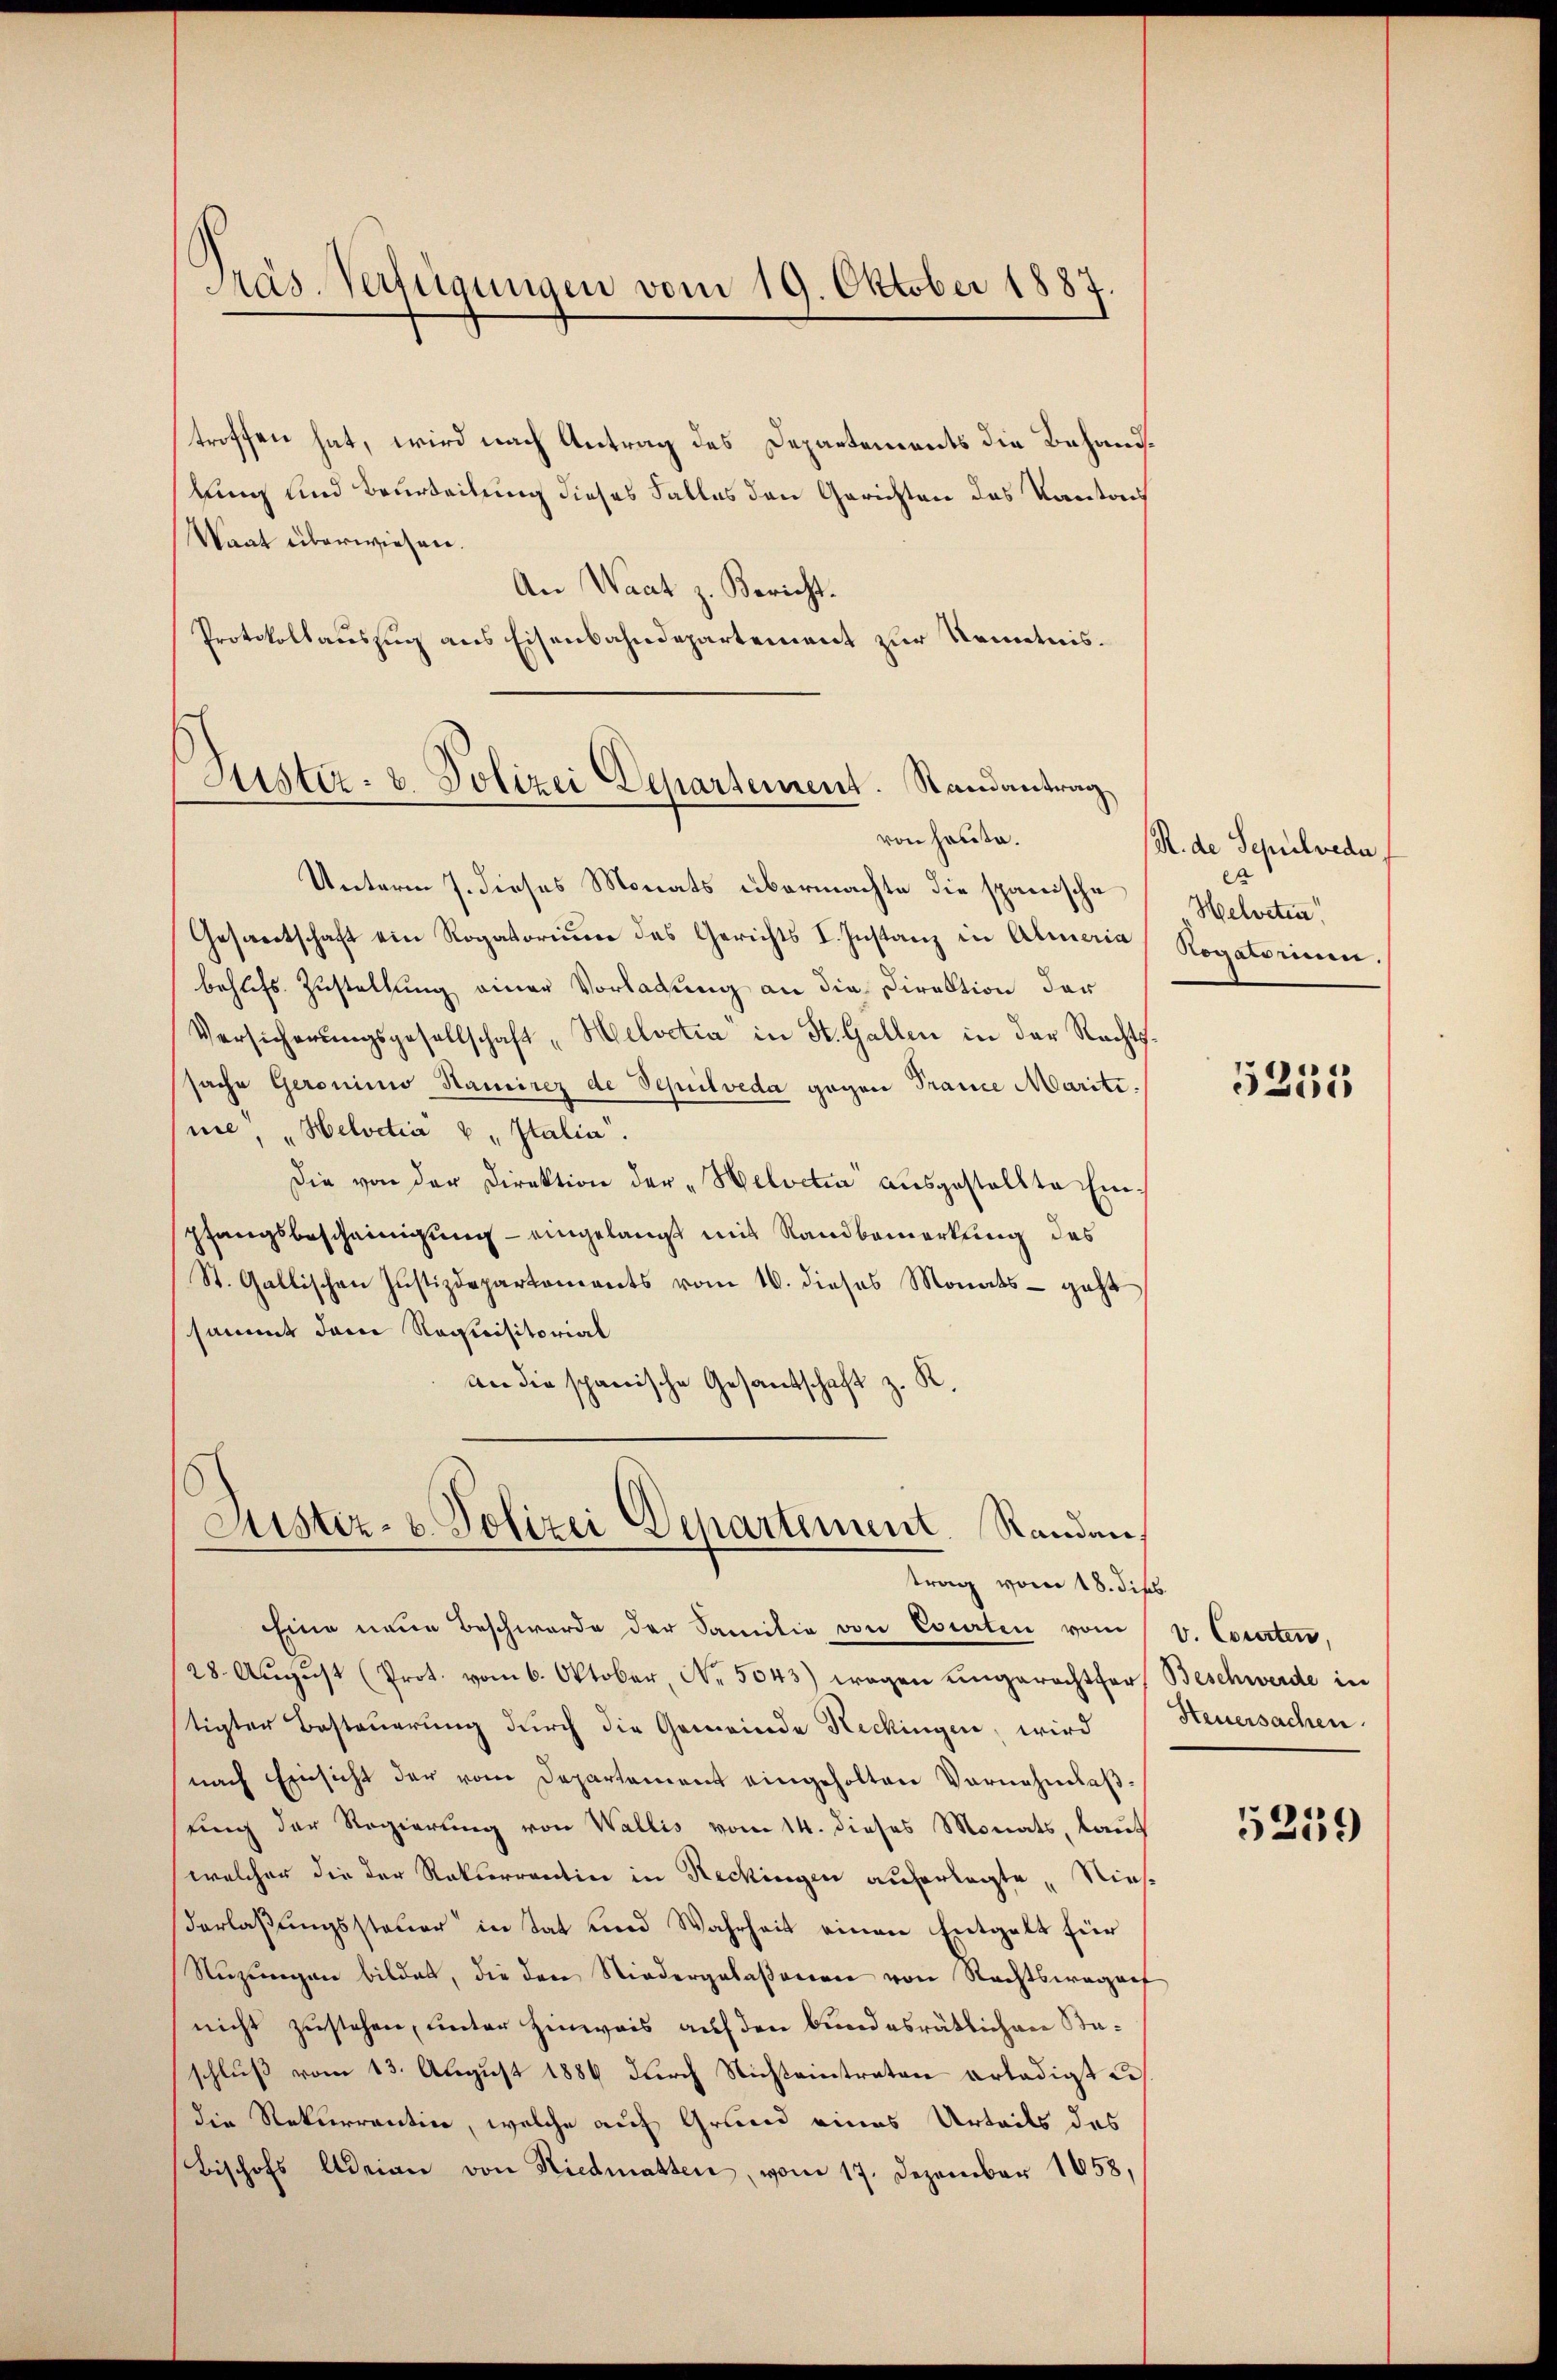
troffen hat, wird nach Antrag des Departements die Behandkung und Beurteilung dieses Falles den Gerichten das Kantau
Staat überwiesen.
An Waat z. Bericht.
Protokollauszug aus Eisenbahndepartement zur Kenntnis¬

Präs. Verfügungen vom 19. Oktober 1887.

Justiz- u. Polizei Departement. Randantrag
von heute.

Unterm 7. dieses Monats übermachte die spanische
Gesandtschaft ein Rogatorium des Gerichts I. Instanz in Almeria
behufs Zustellung einer Vorladung an die Direktion der
Versicherungsgesellschaft "Helvetia in St. Gallen in der Rechtssache Geronimo Hamirez de Schulveda gegen Trance Maritinie" "Helvetia v. Italia.
Die von der Direktion der "Helvetia ausgestellte Einpfangsbescheinigung - eingelangt mit Sandbemerkung des
St. Gallischen Justizdepartements vom 10. dieses Monats - geht
sammt dem Requisitorial
an die spanische Gesandschaft z. R.

Justiz- u. Polizei Departement. Randen,
trag vom 18. Jips.

Eine neue Beschwerde der Samilie von Esearten vom V. Cosarten,
(28. Aŭgŭst (Prot. vom 6. Oktober, Nr. 5043) wegen ungerechtfer Beschwerde in
stigter Besteuerung durch die Gemeinde Reckingen, wird
nach Einsicht der vom Departement eingeholten Vornehmlasung der Regierung von Wallis vom 14. dieses Monats, laut
welcher die der Rekurrention in Reckingen auferlegte, Nies
Verlaßungssteuer in Tat und Wahrheit einen Entgelt für
Suzungen bildet, die den Niedergelaßenen von Rechtswegenf
nicht zustehen, unter Hinweis auf den bundesrätlichen Staschluß vom 13. August 1884 durch Nichteintraton erlädigt un
die Rekurrentin, welche auf Grund eines Urteils das
Bischofs Adrian von Riedmatten, vom 17. Dezember 1858,

R. de Sepulveda,
e
Helveten!
Sogakomen.

5251

Steuersachen.

5259